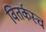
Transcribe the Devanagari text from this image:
वितर्कस्च